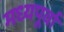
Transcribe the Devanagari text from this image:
मध्यपूर्वा